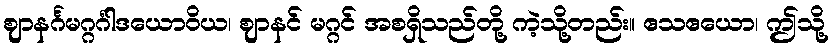
ဈာနင်္ဂမဂ္ဂင်္ဂါဒယောဝိယ၊ ဈာနင် မဂ္ဂင် အစရှိသည်တို့ ကဲ့သို့တည်း။ ဧသဧယော၊ ဤသို့